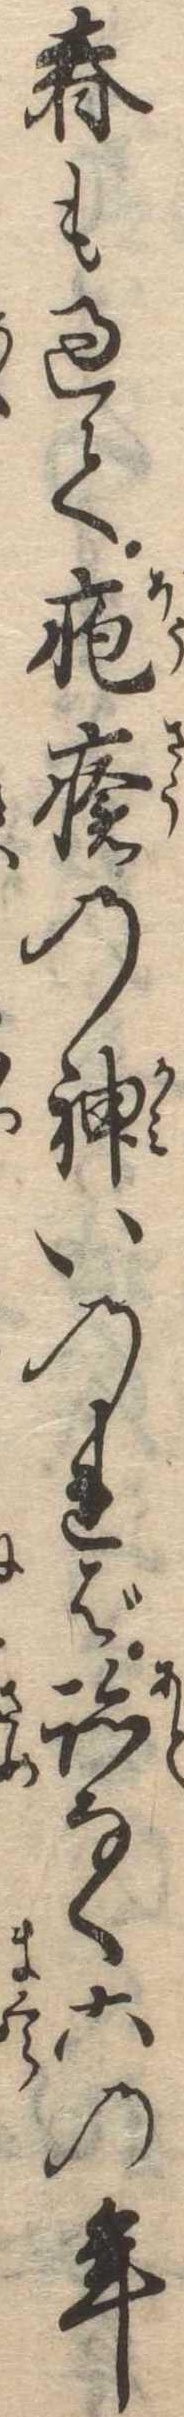
春も過て疱瘡の神いのれば跡なく六の年